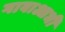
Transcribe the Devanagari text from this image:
गावाआधी